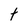
Character: t